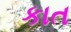
કાત